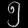
Digit: ၅